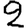
Digit: 2